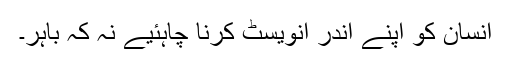
انسان کو اپنے اندر انویسٹ کرنا چاہئیے نہ کہ باہر۔